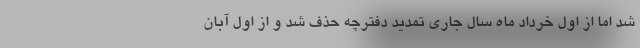
شد اما از اول خرداد ماه سال جاری تمدید دفترچه حذف شد و از اول آبان